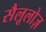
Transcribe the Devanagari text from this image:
सैलूलोज़